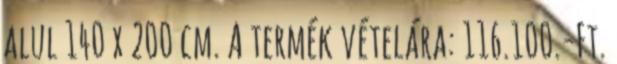
alul 140 x 200 cm. A termék vételára: 116.100.-Ft.